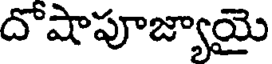
దొషాపూజ్యాయై